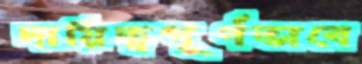
দায়িত্বপূর্ণভাবে